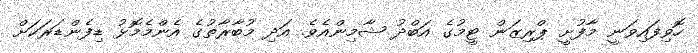
ހޮވިފައިވަނީ މާފުށީ ޕްރިޒަން ޓީމުގެ އަބްދު ޝާމިންއެވެ. އަދި މުބާރާތުގެ އެންމެމޮޅު ޑިފެންޑަރަކަށް